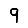
Digit: 9